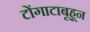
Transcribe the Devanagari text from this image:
टोंगाटाबूहून